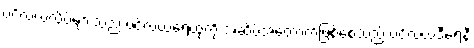
ပင်လယ်လိပ်များသည် ပင်လယ်ရေထုကို အဆိပ်အတောက်ဖြစ်စေသည့် ပင်လယ်ဒီရေနီ